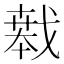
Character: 𱟝